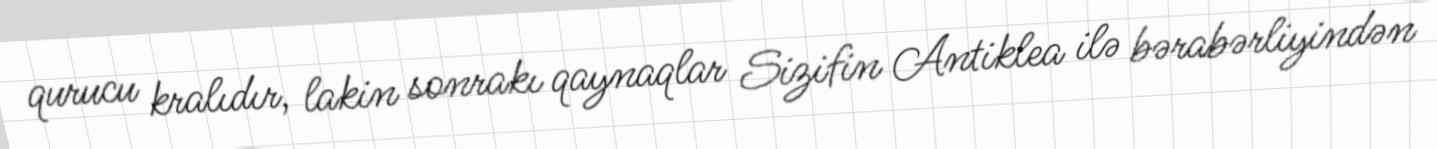
qurucu kralıdır, lakin sonrakı qaynaqlar Sizifin Antiklea ilə bərabərliyindən